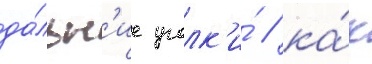
да́льн'ие уголк'и́ / ка́к